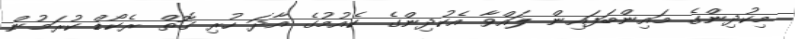
މިކުދިންގެ މައިންބަފައިން ލައްވާ އެކުދިންގެ ކެއުމުގެ އާދަ ހުރި ގޮތް ރެކޯޑް ކުރަމުން